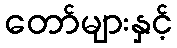
တော်များနှင့်